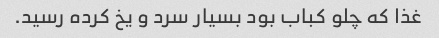
غذا که چلو کباب بود بسیار سرد و یخ کرده رسید.